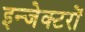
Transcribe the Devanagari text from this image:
इन्जेक्टरों